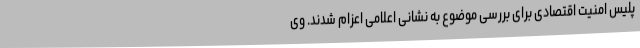
پلیس امنیت اقتصادی برای بررسی موضوع به نشانی اعلامی اعزام شدند. وی